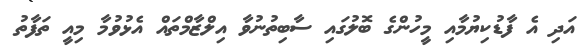
އަދި އެ ފާޑުކިޔުމާއި މީހުންގެ ބޮލުގައި ސާބިތުނުވާ އިލްޒާމްތައް އެޅުވުމާ މިއީ ތަފާތު